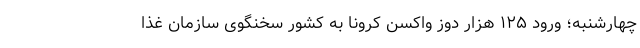
چهارشنبه؛ ورود ۱۲۵ هزار دوز واکسن کرونا به کشور سخنگوی سازمان غذا